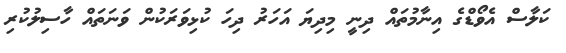
ކަލާސް އެވޯޑްގެ އިނާމުތައް ދިނީ މިދިޔަ އަހަރު ދިހަ ކުޅިވަރަކުން ވަނަތައް ހާސިލުކުރި